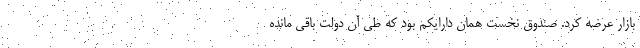
بازار عرضه کرد. صندوق نخست همان دارایکم بود که طی آن دولت باقی مانده